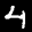
Label: 4